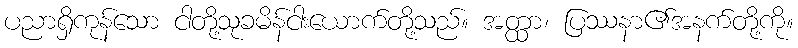
ပညာရှိကုန်သော ငါတို့သုခမိန်ငါးယောက်တို့သည်။ အတ္ထာ၊ ပြဿနာ၏အနက်တို့ကို။